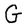
Character: G